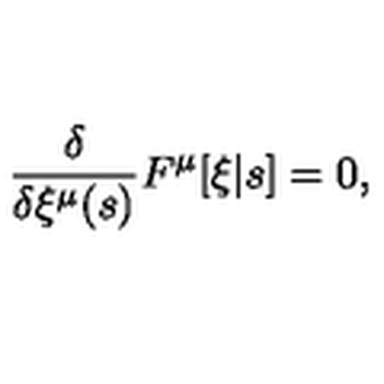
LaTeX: \frac { \delta } { \delta \xi ^ { \mu } ( s ) } F ^ { \mu } [ \xi | s ] = 0 ,